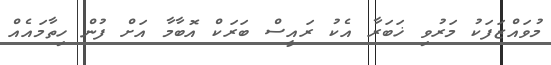
މުވައްޒަފަކު މަރުވި ޚަބަރާ އެކު ރައީސް ބަރަކް އޮބާމާ އަށް ފުން ހިތާމައެއް